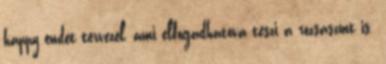
happy endet tervezel, ami elfogadhatóvá teszi a rózsaszínt is.